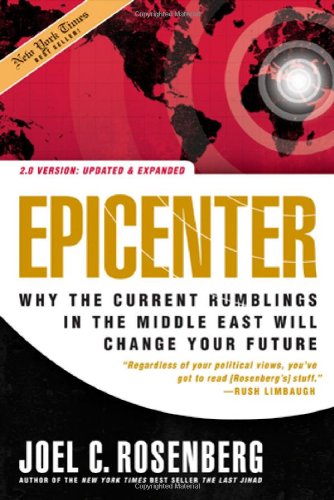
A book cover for Epicenter 2.0: Why the Current Rumblings in the Middle East Will Change Your Future; Joel C. Rosenberg; Christian Books & Bibles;